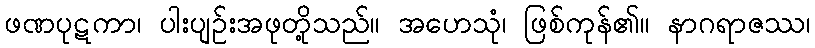
ဖဏပုဋကာ၊ ပါးပျဉ်းအဖုတို့သည်။ အဟေသုံ၊ ဖြစ်ကုန်၏။ နာဂရာဇဿ၊